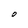
Character: O